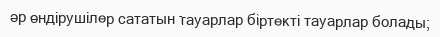
әр өндірушілер сататын тауарлар біртекті тауарлар болады;